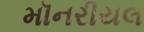
મૉનરીયલ